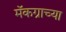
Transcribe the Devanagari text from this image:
मॅकग्राच्या